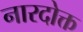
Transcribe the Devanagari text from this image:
नारदोक्त